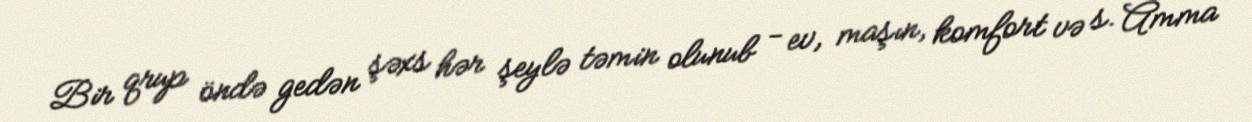
Bir qrup öndə gedən şəxs hər şeylə təmin olunub - ev, maşın, komfort və s. Amma